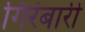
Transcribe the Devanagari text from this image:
गिरंबारी